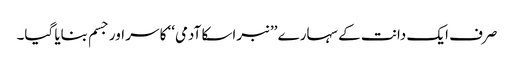
صرف ایک دانت کے سہارے ’’نبراسکا آدمی‘‘ کا سر اور جسم بنایا گیا۔